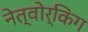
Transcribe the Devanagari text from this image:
नेत्वोर्किंग